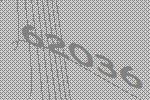
62036